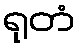
ရုတံ